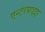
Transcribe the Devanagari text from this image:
एन्टरप्राइझ